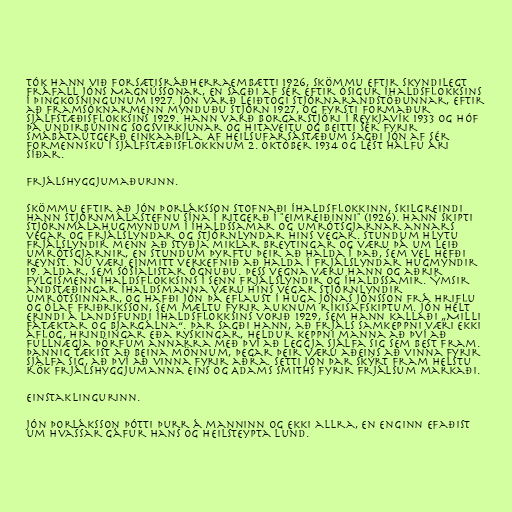
Tók hann við forsætisráðherraembætti 1926, skömmu eftir skyndilegt
fráfall Jóns Magnússonar, en sagði af sér eftir ósigur Íhaldsflokksins
í þingkosningunum 1927. Jón varð leiðtogi stjórnarandstöðunnar, eftir
að framsóknarmenn mynduðu stjórn 1927, og fyrsti formaður
Sjálfstæðisflokksins 1929. Hann varð borgarstjóri í Reykjavík 1933 og hóf
þá undirbúning Sogsvirkjunar og hitaveitu og beitti sér fyrir
smábátaútgerð einkaaðila. Af heilsufarsástæðum sagði Jón af sér
formennsku í Sjálfstæðisflokknum 2. október 1934 og lést hálfu ári
síðar.

Frjálshyggjumaðurinn.

Skömmu eftir að Jón Þorláksson stofnaði Íhaldsflokkinn, skilgreindi
hann stjórnmálastefnu sína í ritgerð í "Eimreiðinni" (1926). Hann skipti
stjórnmálahugmyndum í íhaldssamar og umrótsgjarnar annars
vegar og frjálslyndar og stjórnlyndar hins vegar. Stundum hlytu
frjálslyndir menn að styðja miklar breytingar og væru þá um leið
umrótsgjarnir, en stundum þyrftu þeir að halda í það, sem vel hefði
reynst. Nú væri einmitt verkefnið að halda í frjálslyndar hugmyndir
19. aldar, sem sósíalistar ógnuðu. Þess vegna væru hann og aðrir
fylgismenn Íhaldsflokksins í senn frjálslyndir og íhaldssamir. Ýmsir
andstæðingar íhaldsmanna væru hins vegar stjórnlyndir
umrótssinnar, og hafði Jón þá eflaust í huga Jónas Jónsson frá Hriflu
og Ólaf Friðriksson, sem mæltu fyrir auknum ríkisafskiptum. Jón hélt
erindi á landsfundi Íhaldsflokksins vorið 1929, sem hann kallaði „Milli
fátæktar og bjargálna“. Þar sagði hann, að frjáls samkeppni væri ekki
áflog, hrindingar eða ryskingar, heldur keppni manna að því að
fullnægja þörfum annarra með því að leggja sjálfa sig sem best fram.
Þannig tækist að beina mönnum, þegar þeir væru aðeins að vinna fyrir
sjálfa sig, að því að vinna fyrir aðra. Setti Jón þar skýrt fram helstu
rök frjálshyggjumanna eins og Adams Smiths fyrir frjálsum markaði.

Einstaklingurinn.

Jón Þorláksson þótti þurr á manninn og ekki allra, en enginn efaðist
um hvassar gáfur hans og heilsteypta lund.